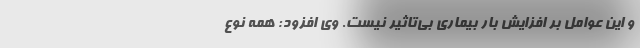
و این عوامل بر افزایش بار بیماری بی‌تاثیر نیست. وی افزود: همه نوع